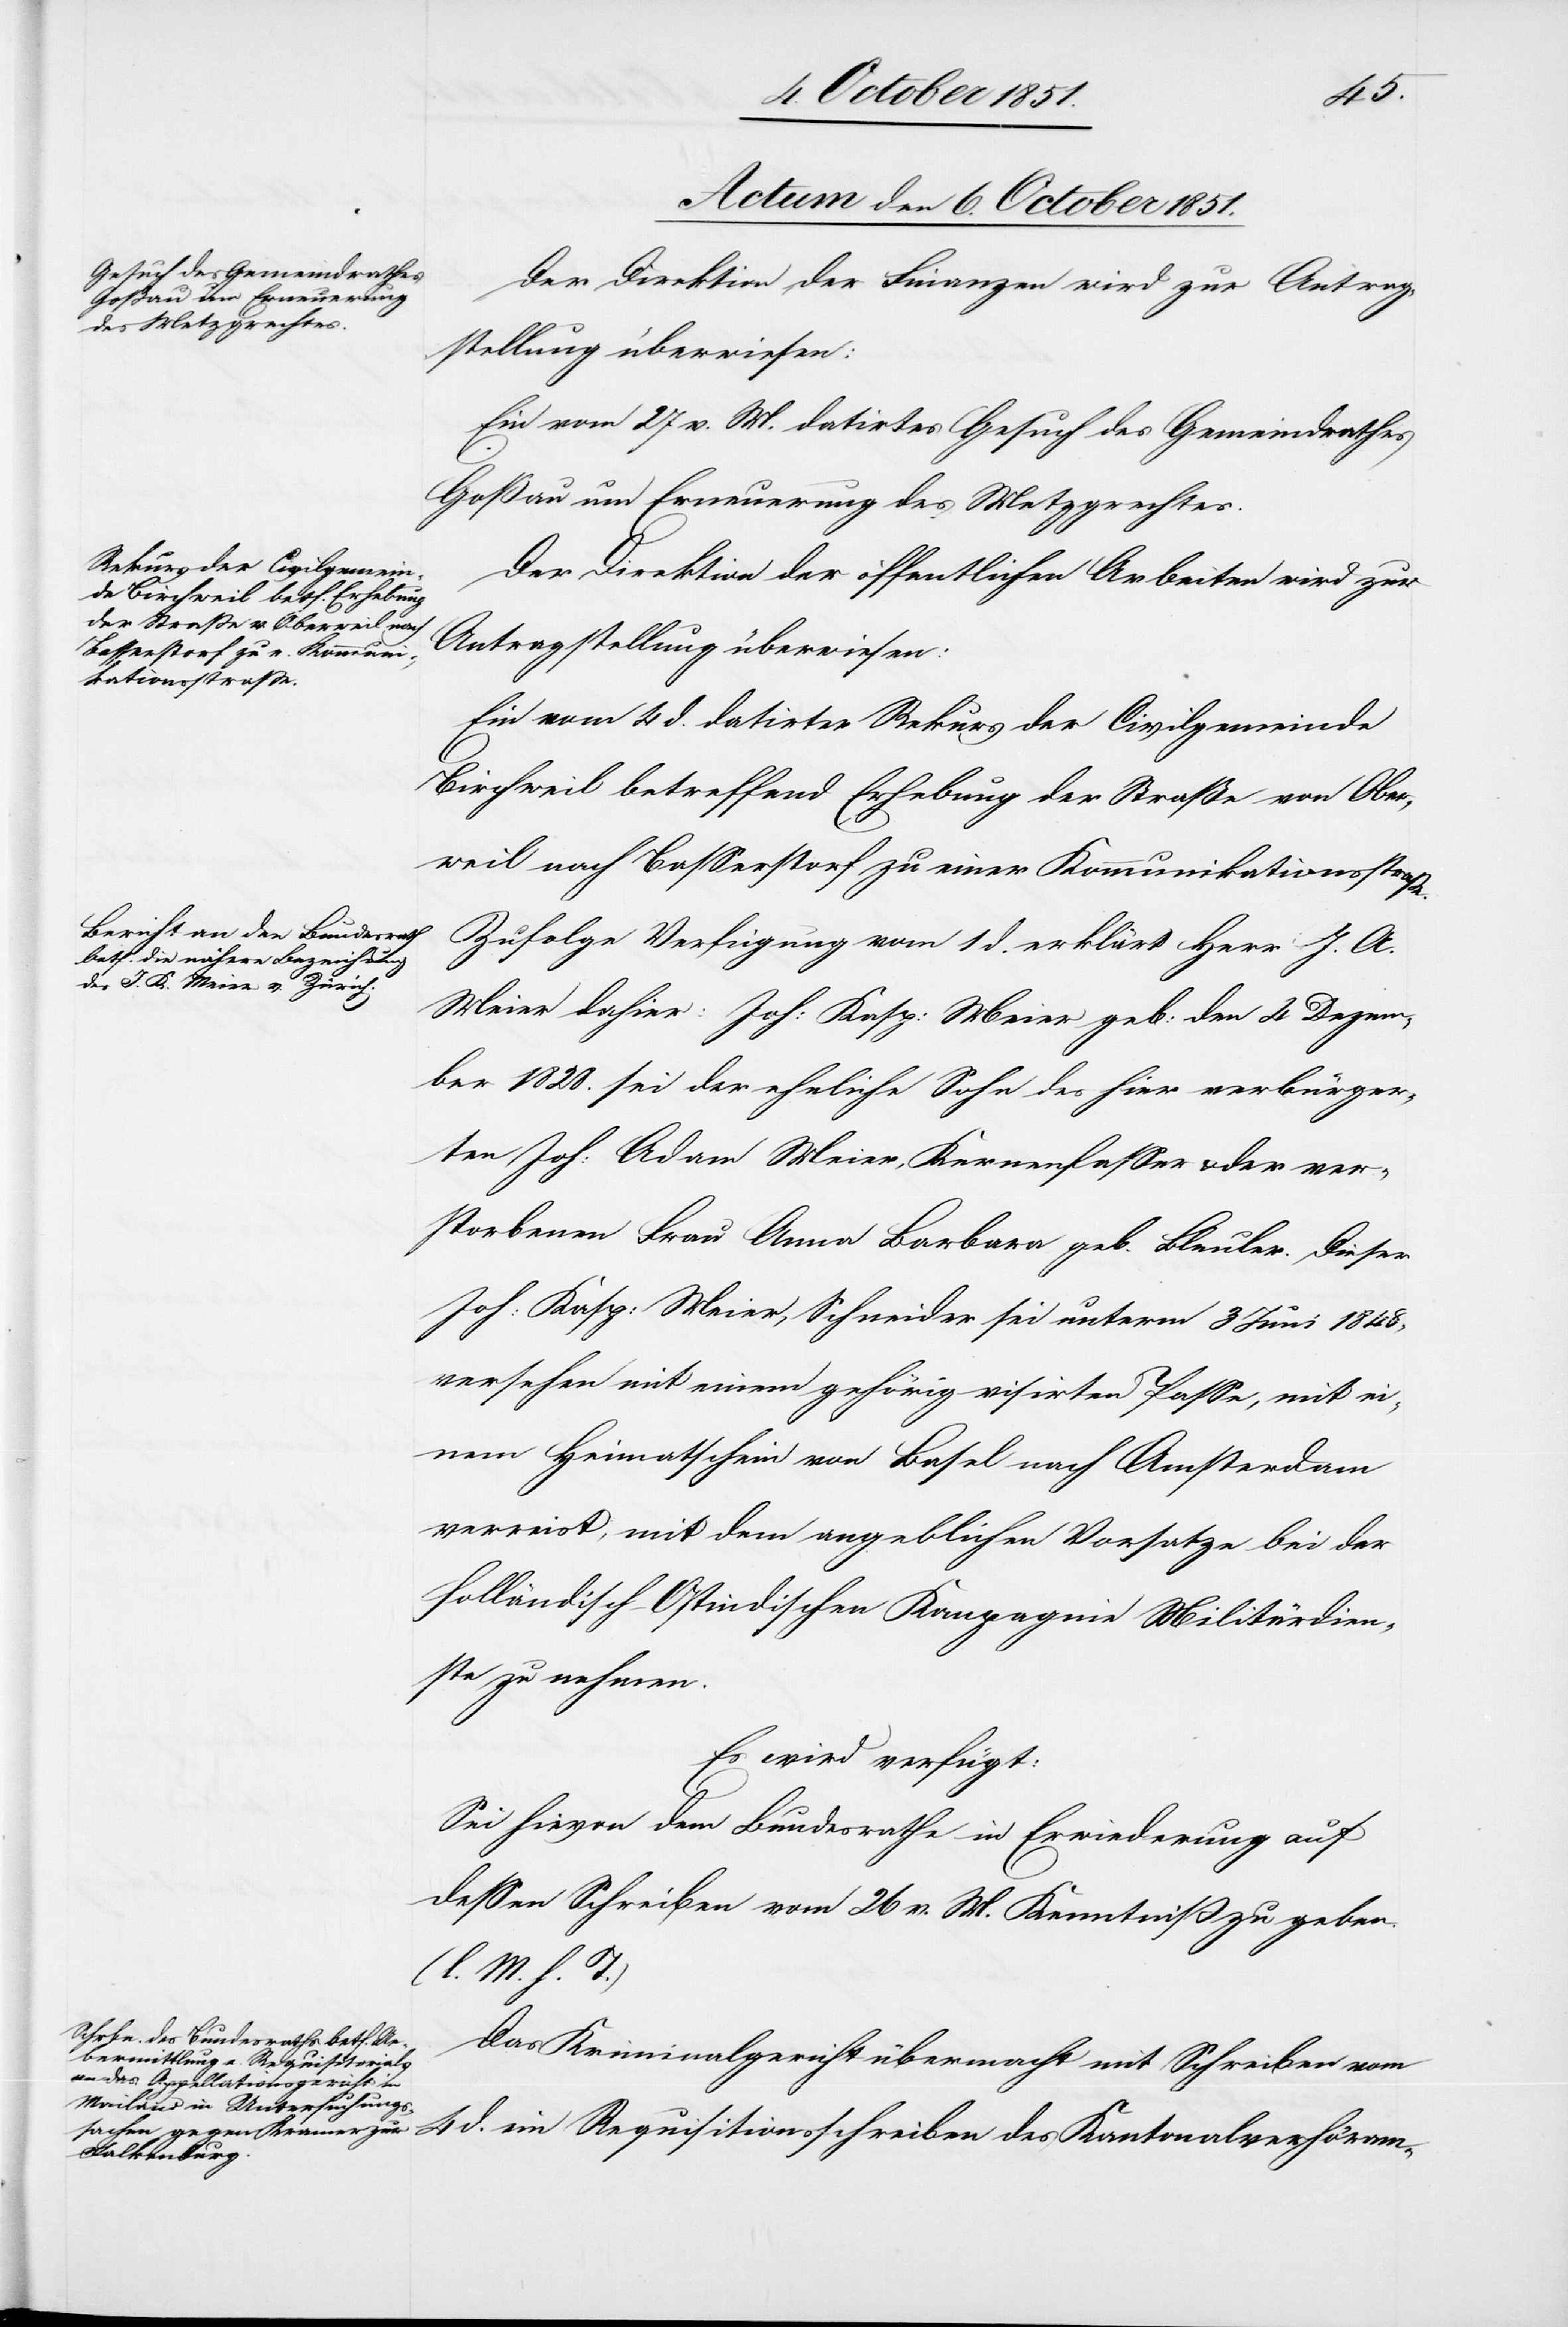
Actum den 6. October 1851.]
Der Direktion der Finanzen wird zur Antrag¬
stellung überwiesen:
Ein vom 27 v. M. datirtes Gesuch des Gemeindrathes
Goßau um Erneuerung des Metzgrechtes.
Der Direktion der öffentlichen Arbeiten wird zur
Antragstellung überwiesen:
Ein vom 4 d. datirter Rekurs der Civilgemeinde
Birchweil betreffend Erhebung der Straße von Ober¬
weil nach Basserstorf zu einer Kommunikationsstraße.
Zufolge Verfügung vom 1 d. erklärt Herr J. A.
Meier dahier: Joh: Kasp: Meier geb: den 4 Dezem¬
ber 1828. sei der eheliche Sohn des hier verbürger¬
ten Joh: Adam Meier, Kernenfasser & der ver¬
storbenen Frau Anna Barbara geb. Bleuler. Dieser
Joh: Kasp: Meier, Schneider sei unterm 3 Juni 1848,
versehen mit einem gehörig visirten Passe, mit ei¬
nem Heimatschein von Basel nach Amsterdam
verreist, mit dem angeblichen Vorsatze bei der
Holländisch-Ostindischen Kompagnie Militärdien¬
ste zu nehmen.
Es wird verfügt:
Sei hievon dem Bundesrathe in Erwiederung auf
dessen Schreiben vom 26 v. M. Kenntniß zu geben.
(l. M. h. T.)
Das Kriminalgericht übermacht mit Schreiben vom
4 d. ein Requisitionsschreiben des Kantonalverhöram-